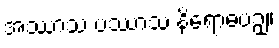
အဿာသ ပဿာသ နိရောဓပဉှ။